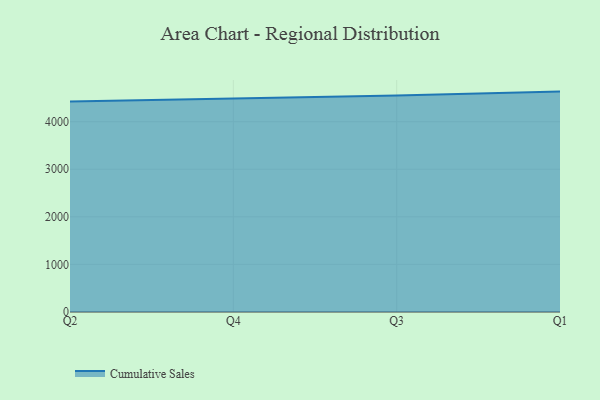
{"axis": {"x": "Quarter", "y": "Customer Acquisition Cost (USD)"}, "legend": ["Cumulative Sales"], "data": [{"x": "Q2", "y": 4423.5, "type": "Cumulative Sales"}, {"x": "Q4", "y": 4482.8, "type": "Cumulative Sales"}, {"x": "Q3", "y": 4549.8, "type": "Cumulative Sales"}, {"x": "Q1", "y": 4632.0, "type": "Cumulative Sales"}]}